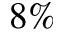
8 \%